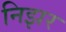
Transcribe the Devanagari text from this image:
निझर